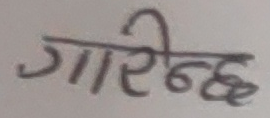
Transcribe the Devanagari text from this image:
गरेन्छ